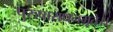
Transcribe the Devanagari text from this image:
पुरुषाराधनमृते।।